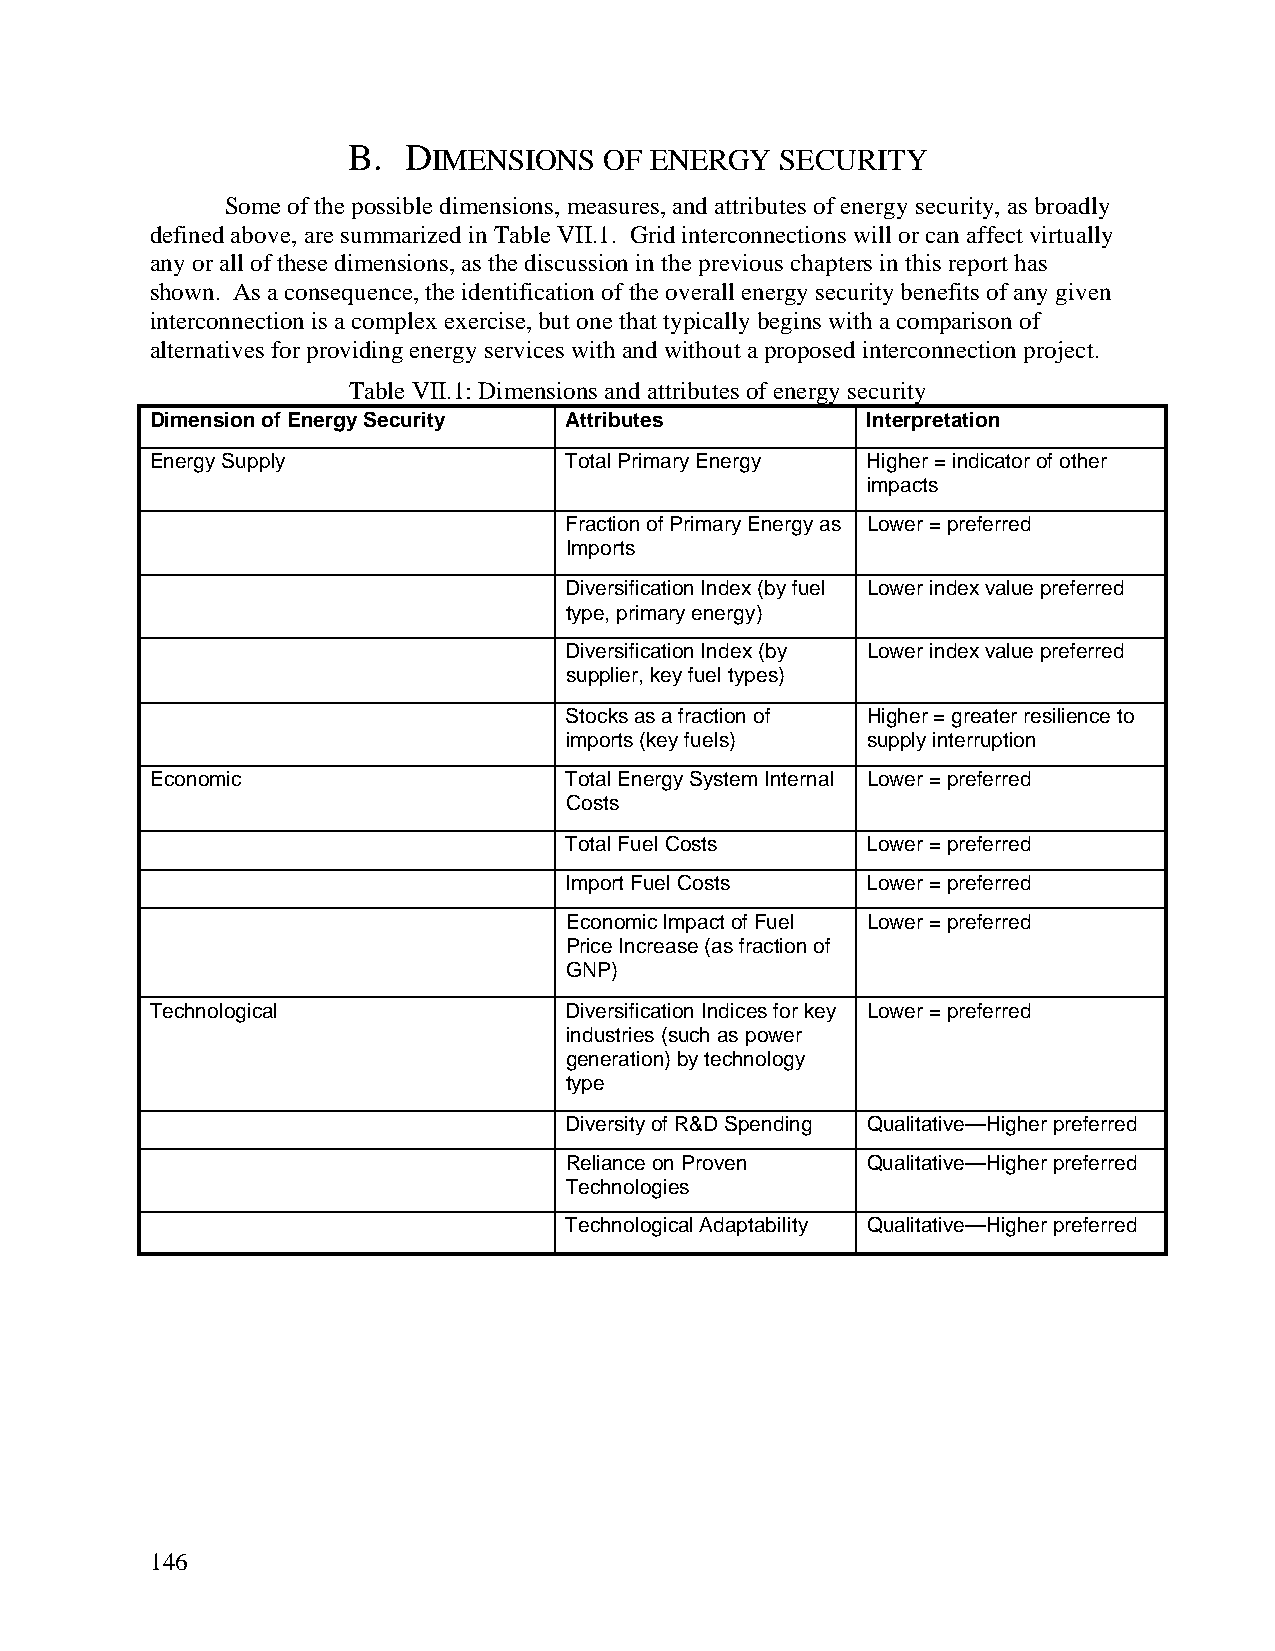
B.  DIMENSIONS   OF ENERGY   SECURITY
 Some of the possible dimensions, measures, and attributes of energy security, as broadly
 defined above, are summarized in Table VII.1. Grid interconnections will or can affect virtually
 any or all of these dimensions, as the discussion in the previous chapters in this report has
 shown. As a consequence, the identification of the overall energy security benefits of any given
 interconnection is a complex exercise, but one that typically begins with a comparison of
 alternatives for providing energy services with and without a proposed interconnection project.
 Table VII.1: Dimensions and attributes of energy security
 Dimension of Energy Security Attributes        Interpretation
 Energy Supply              Total Primary Energy Higher = indicator of other
 impacts
 Fraction of Primary Energy as Lower = preferred
 Imports
 Diversification Index (by fuel Lower index value preferred
 type, primary energy)
 Diversification Index (by Lower index value preferred
 supplier, key fuel types)
 Stocks as a fraction of Higher = greater resilience to
 imports (key fuels) supply interruption
 Economic                   Total Energy System Internal Lower = preferred
 Costs
 Total Fuel Costs    Lower = preferred
 Import Fuel Costs   Lower = preferred
 Economic Impact of Fuel Lower = preferred
 Price Increase (as fraction of
 GNP)
 Technological              Diversification Indices for key Lower = preferred
 industries (such as power
 generation) by technology
 type
 Diversity of R&D Spending Qualitative—Higher preferred
 Reliance on Proven  Qualitative—Higher preferred
 Technologies
 Technological Adaptability Qualitative—Higher preferred
 146